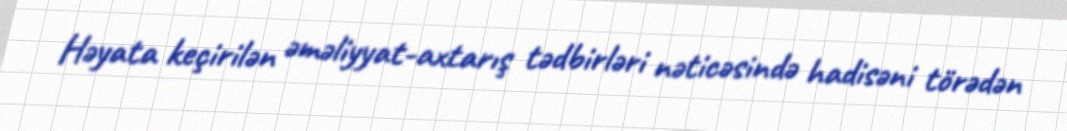
Həyata keçirilən əməliyyat-axtarış tədbirləri nəticəsində hadisəni törədən